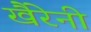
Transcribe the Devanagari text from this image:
खैरेनी